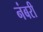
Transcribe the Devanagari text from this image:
नंबरी